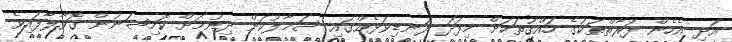
އަދި އެހެން ފަރާތްތަކުގެ ހައްޤުތަކަށް މިފަދަ ދަނޑިވަޅެއްގައި ސަމާލުކަން ދިނުމަށް ކޮމިޝަނުން ގޮވާލާފައިވެ